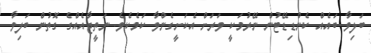
ބަލިވާ ބައެއް ކެންޑިޑޭޓުން ނޭރުމަކީ ވަރަށް އެކަށީގެންވާ ކަމެކެވެ. ނަތީޖާއެއްގެ ގޮތުން ބަލިވާ